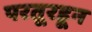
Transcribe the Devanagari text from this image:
परतूरहून